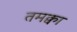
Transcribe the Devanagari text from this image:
तमक्वा